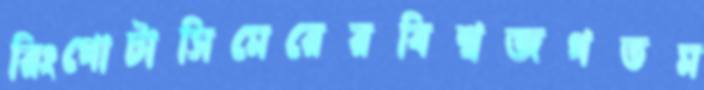
রিংগোটাসিমেরেরবিশ্বজগতম